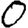
Digit: 0